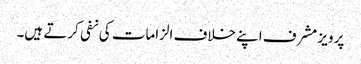
پرویز مشرف اپنے خلاف الزامات کی نفی کرتے ہیں۔